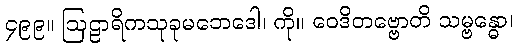
၄၉၉။ ဩဠာရိကသုခုမဘေဒေါ၊ ကို။ ဝေဒိတဗ္ဗောတိ သမ္ဗန္ဓော၊